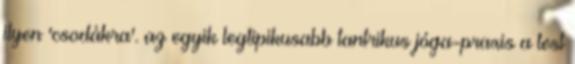
ilyen 'csodákra'. az egyik legtipikusabb tantrikus jóga-praxis a test